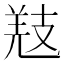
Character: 𢻐